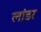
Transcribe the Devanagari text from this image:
लांडर